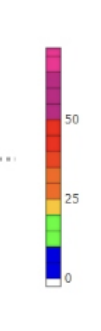
Blue: 0 to 10
Green: 10 to 20
Yellow: 20 to 25
Orange: 25 to 35
Dark Orange: 35 to 40
Red: 40 to 50
Magenta: 50 to 75
Pink: 75 to 83